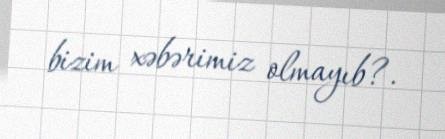
bizim xəbərimiz olmayıb?.